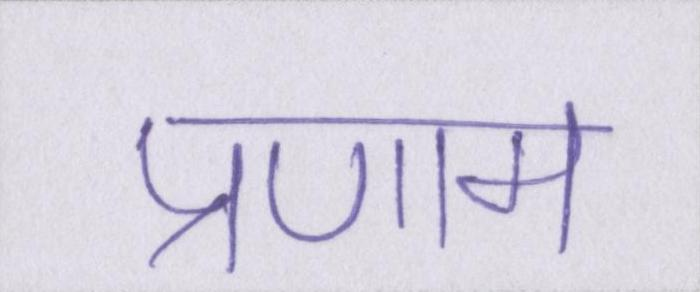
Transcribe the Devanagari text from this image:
प्रणाम